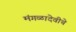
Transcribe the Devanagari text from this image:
मंगळादेवीचे